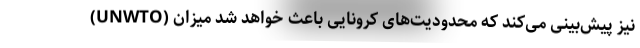
(UNWTO) نیز پیش‌بینی می‌کند که محدودیت‌های کرونایی باعث خواهد شد میزان